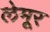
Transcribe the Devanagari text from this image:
लेमूर